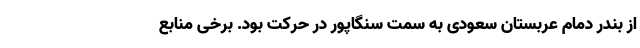
از بندر دمام عربستان سعودی به سمت سنگاپور در حرکت بود. برخی منابع